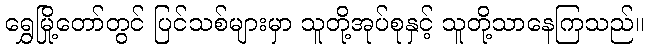
ရွှေမြို့တော်တွင် ပြင်သစ်များမှာ သူတို့အုပ်စုနှင့် သူတို့သာနေကြသည်။